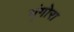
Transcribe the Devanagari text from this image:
भृंगोरा